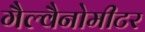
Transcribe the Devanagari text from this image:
गैल्वैनोमीटर